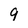
Character: 9